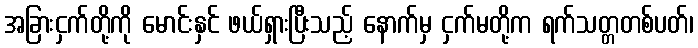
အခြားငှက်တို့ကို မောင်းနှင် ဖယ်ရှားပြီးသည့် နောက်မှ ငှက်မတို့က ရက်သတ္တတစ်ပတ်၊